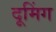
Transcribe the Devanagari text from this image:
दूमिंग